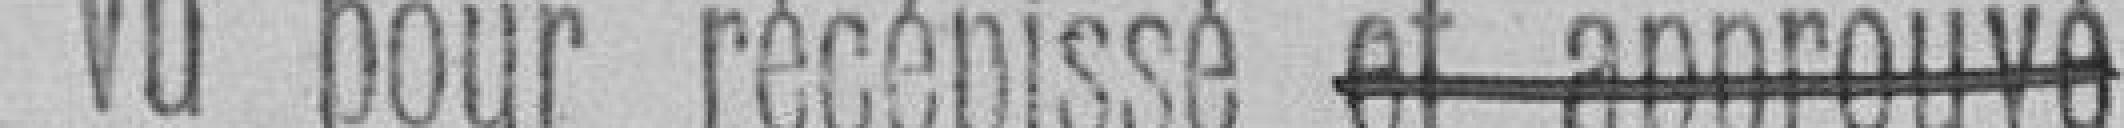
Vu pour récépissé